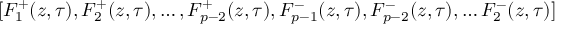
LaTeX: [ F _ { 1 } ^ { + } ( z , \tau ) , F _ { 2 } ^ { + } ( z , \tau ) , \ldots , F _ { p - 2 } ^ { + } ( z , \tau ) , F _ { p - 1 } ^ { - } ( z , \tau ) , F _ { p - 2 } ^ { - } ( z , \tau ) , \ldots F _ { 2 } ^ { - } ( z , \tau ) ]